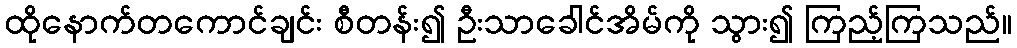
ထိုနောက်တကောင်ချင်း စီတန်း၍ ဦးသာခေါင်အိမ်ကို သွား၍ ကြည့်ကြသည်။